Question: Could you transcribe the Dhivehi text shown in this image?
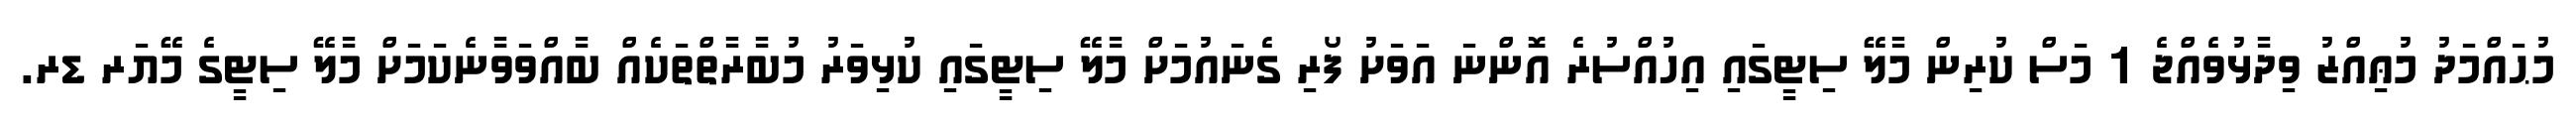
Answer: މުޙައްމަދު މުޢިއްޒު ވިދާޅުވެއްޖެ 1 މަސް ކުރިން މާލޭ ސިޓީގައި އިހުއްސުރެ އޮންނަ އަވަށު ފޯރި ގެނައުމަށް މާލޭ ސިޓީގައި ކުޅިވަރު މުބާރާތްތަކެއް ބާއްވަވާނެކަމަށް މާލޭ ސިޓީގެ މޭޔަރ ޑރ.